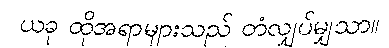
ယခု ထိုအရာများသည် တံလျှပ်မျှသာ။